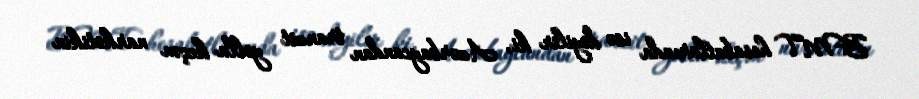
BMT hesabatlarında isə deyilir ki, Azərbaycandan tranzit yolla keçən narkotikin